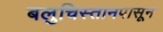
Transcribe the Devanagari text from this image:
बलुचिस्तानपासून